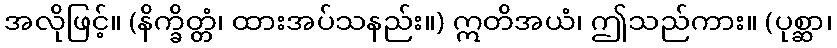
အလိုဖြင့်။ (နိက္ခိတ္တံ၊ ထားအပ်သနည်း။) ဣတိအယံ၊ ဤသည်ကား။ (ပုစ္ဆာ၊